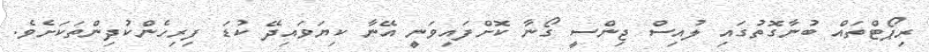
ރިޕޯޓްތައް ބުނާގޮތުގައި ލުއިސް ޖިންސީ ގޯނާ ކޮށްފައިވަނީ އޭނާ ކިޔަވައިދޭ ކުޑަ ފިރިހެންކުދިންތަކަށެވެ.